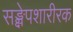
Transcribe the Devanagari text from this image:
सङ्क्षेपशारीरक